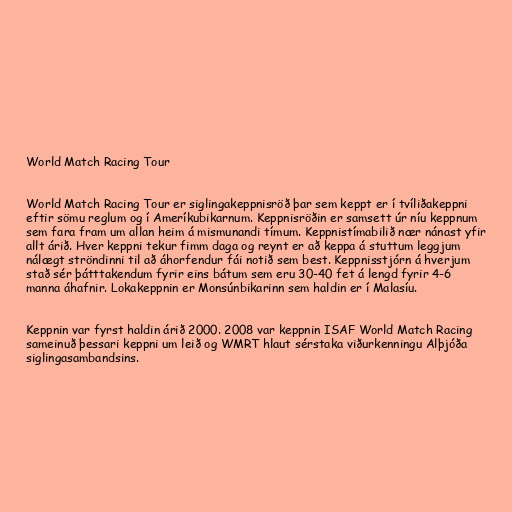
World Match Racing Tour

World Match Racing Tour er siglingakeppnisröð þar sem keppt er í tvíliðakeppni
eftir sömu reglum og í Ameríkubikarnum. Keppnisröðin er samsett úr níu keppnum
sem fara fram um allan heim á mismunandi tímum. Keppnistímabilið nær nánast yfir
allt árið. Hver keppni tekur fimm daga og reynt er að keppa á stuttum leggjum
nálægt ströndinni til að áhorfendur fái notið sem best. Keppnisstjórn á hverjum
stað sér þátttakendum fyrir eins bátum sem eru 30-40 fet á lengd fyrir 4-6
manna áhafnir. Lokakeppnin er Monsúnbikarinn sem haldin er í Malasíu.

Keppnin var fyrst haldin árið 2000. 2008 var keppnin ISAF World Match Racing
sameinuð þessari keppni um leið og WMRT hlaut sérstaka viðurkenningu Alþjóða
siglingasambandsins.